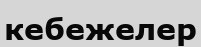
кебежелер